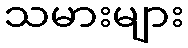
သမားများ